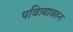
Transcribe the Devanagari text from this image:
पवित्र्यावरुन